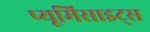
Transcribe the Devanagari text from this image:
प्यूमिसाइट्स